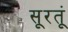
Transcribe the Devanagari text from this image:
सूरतूं